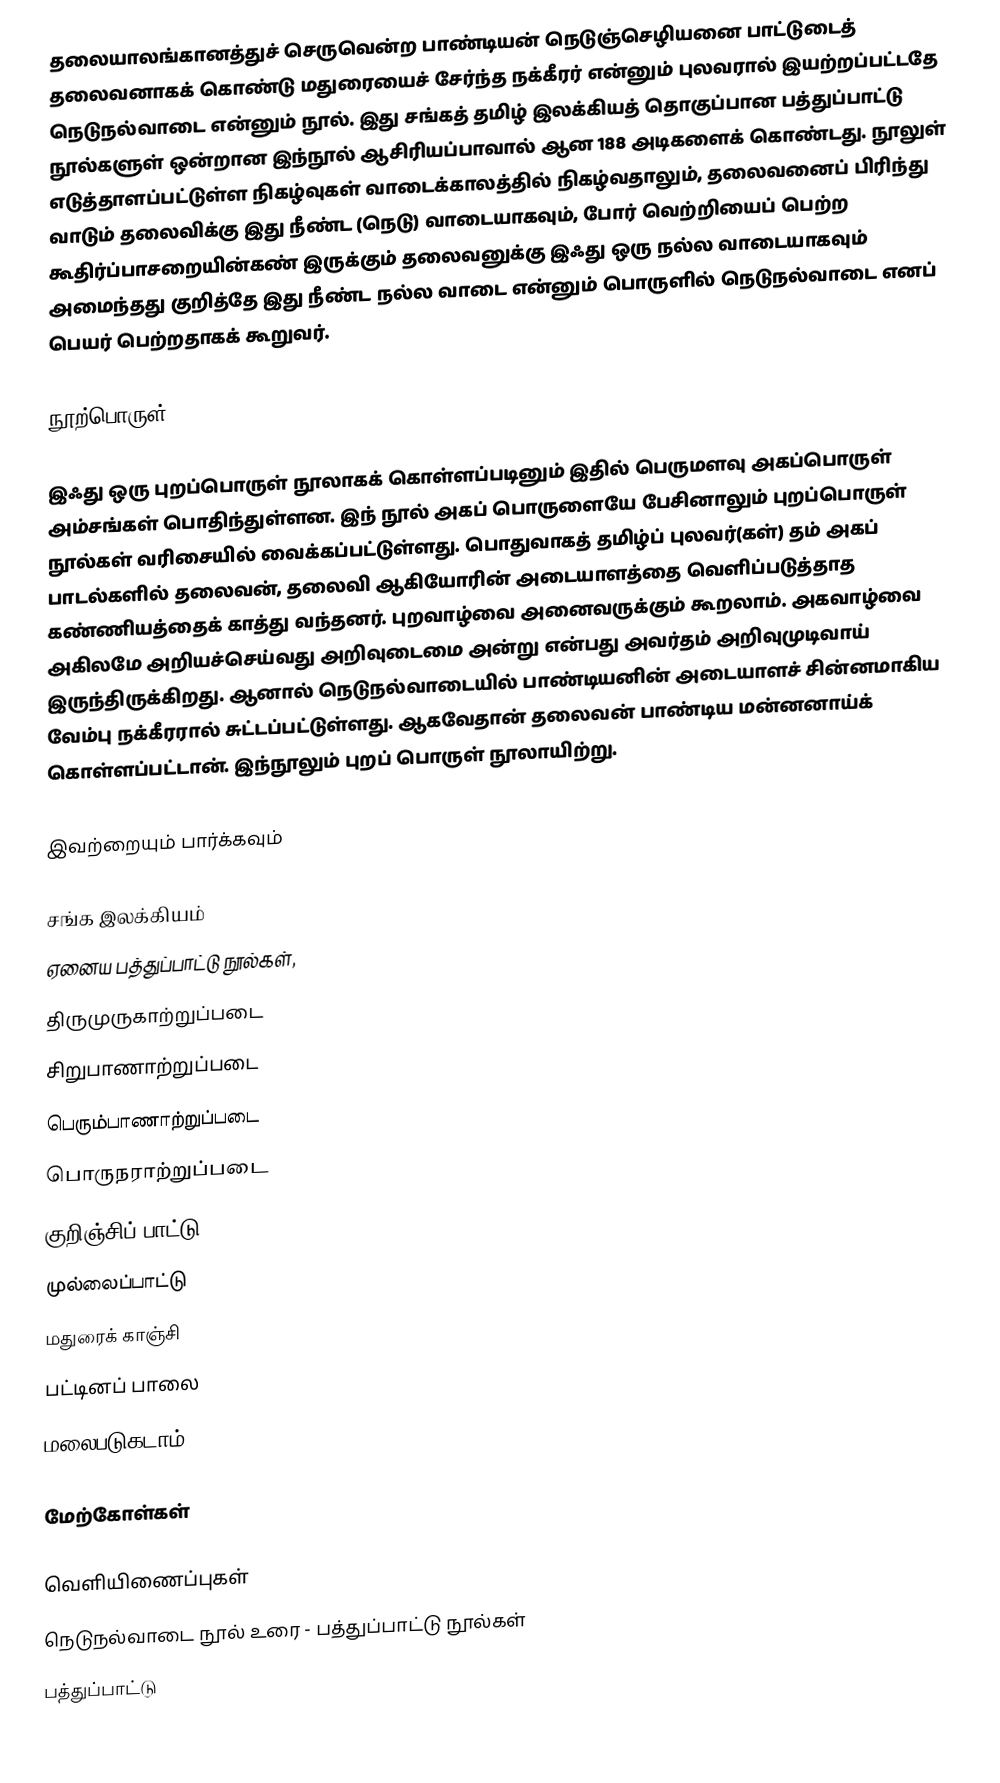
தலையாலங்கானத்துச் செருவென்ற பாண்டியன் நெடுஞ்செழியனை பாட்டுடைத் தலைவனாகக் கொண்டு மதுரையைச் சேர்ந்த நக்கீரர் என்னும் புலவரால் இயற்றப்பட்டதே நெடுநல்வாடை என்னும் நூல். இது சங்கத் தமிழ் இலக்கியத் தொகுப்பான பத்துப்பாட்டு நூல்களுள் ஒன்றான இந்நூல் ஆசிரியப்பாவால் ஆன 188 அடிகளைக் கொண்டது. நூலுள் எடுத்தாளப்பட்டுள்ள நிகழ்வுகள் வாடைக்காலத்தில் நிகழ்வதாலும், தலைவனைப் பிரிந்து வாடும் தலைவிக்கு இது நீண்ட (நெடு) வாடையாகவும், போர் வெற்றியைப் பெற்ற கூதிர்ப்பாசறையின்கண் இருக்கும் தலைவனுக்கு இஃது ஒரு நல்ல வாடையாகவும் அமைந்தது குறித்தே இது நீண்ட நல்ல வாடை என்னும் பொருளில் நெடுநல்வாடை எனப் பெயர் பெற்றதாகக் கூறுவர்.

நூற்பொருள்

இஃது ஒரு புறப்பொருள் நூலாகக் கொள்ளப்படினும் இதில் பெருமளவு அகப்பொருள் அம்சங்கள் பொதிந்துள்ளன. இந் நூல் அகப் பொருளையே பேசினாலும் புறப்பொருள் நூல்கள் வரிசையில் வைக்கப்பட்டுள்ளது. பொதுவாகத் தமிழ்ப் புலவர்(கள்) தம் அகப் பாடல்களில் தலைவன், தலைவி ஆகியோரின் அடையாளத்தை வெளிப்படுத்தாத கண்ணியத்தைக் காத்து வந்தனர். புறவாழ்வை அனைவருக்கும் கூறலாம். அகவாழ்வை அகிலமே அறியச்செய்வது அறிவுடைமை அன்று என்பது அவர்தம் அறிவுமுடிவாய் இருந்திருக்கிறது. ஆனால் நெடுநல்வாடையில் பாண்டியனின் அடையாளச் சின்னமாகிய வேம்பு நக்கீரரால் சுட்டப்பட்டுள்ளது. ஆகவேதான் தலைவன் பாண்டிய மன்னனாய்க் கொள்ளப்பட்டான். இந்நூலும் புறப் பொருள் நூலாயிற்று.

இவற்றையும் பார்க்கவும்

 சங்க இலக்கியம்
 ஏனைய பத்துப்பாட்டு நூல்கள்,
 திருமுருகாற்றுப்படை
 சிறுபாணாற்றுப்படை
 பெரும்பாணாற்றுப்படை
 பொருநராற்றுப்படை
 குறிஞ்சிப் பாட்டு
 முல்லைப்பாட்டு
 மதுரைக் காஞ்சி
 பட்டினப் பாலை
 மலைபடுகடாம்

மேற்கோள்கள்

வெளியிணைப்புகள்
நெடுநல்வாடை நூல் உரை - பத்துப்பாட்டு நூல்கள்
பத்துப்பாட்டு